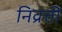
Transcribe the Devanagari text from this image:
निव्रत्ती